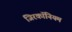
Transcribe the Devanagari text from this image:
जिरकॉनियम